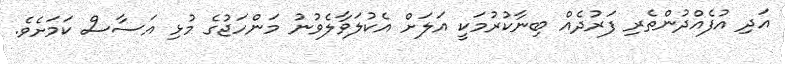
އަދި އުފެއްދުންތެރި ފަރުދެއް ބިނާކުރުމަކީ އަލަށް އެކުލަވާލެވުނު މަންހަޖުގެ މުޅި އަސާސް ކަމަށެވެ.